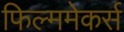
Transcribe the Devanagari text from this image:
फिल्ममेकर्स